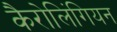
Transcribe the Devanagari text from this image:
कैरोलिंगियन